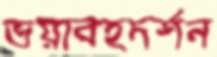
ভয়াবহদর্শন